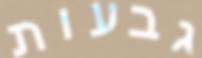
גבעות